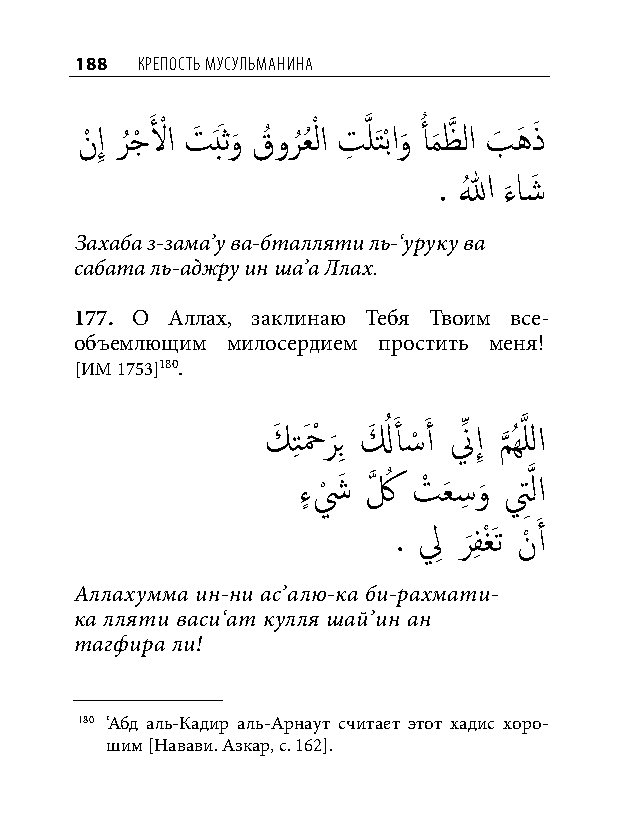
188 КреПость мусульманина
 نْ إِ ر
 ُ
 جْ لَ ْ ا تَ َبَثو
 َ
 قُ ور
 ُ
 عُ ْ لا تِ َّذ لَتْباو
 َ
 أُ م
 َ
 ظَّذ لا بَ هَ ذَ
 . اللهُ ءاشَ
 َ
 Захаба з-зама’у ва-бталляти ль-‘уруку ва
 сабата ль-аджру ин ша’а Ллах.
 177. О Аллах, заклинаю Тебя Твоим все-
 объемлющим милосердием простить меня!
 [ИМ 1753]180.
 كَ تِ حَ ْ ر
 َ
 بِ لَ ُ أَ �ْ َ أ نِّ إِ م
 َّذ
 ُهَّذ للا
 ءٍ ش
 ْ
 َ كَّذ ُ تْ عَ �ِ و
 َ
 تَِّذ لا
 . لِ ر
 َ
 فِ غْ َت نْ َ أ
 Аллахумма ин-ни ас’алю-ка би-рахмати-
 ка лляти васи‘ат кулля шай’ин ан
 тагфира ли!
 180 ‘Абд аль-Кадир аль-Арнаут считает этот хадис хоро-
 шим [Навави. Азкар, с. 162].